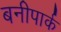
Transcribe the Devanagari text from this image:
बनीपार्क